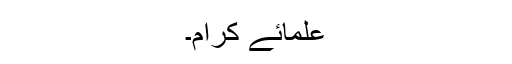
علمائے کرام۔